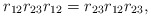
\begin{align*}r_{12}r_{23}r_{12}=r_{23}r_{12}r_{23},\end{align*}